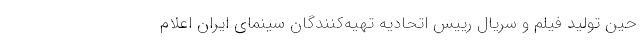
حین تولید فیلم و سریال رییس اتحادیه تهیه‌کنندگان سینمای ایران اعلام